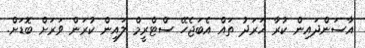
އާސަންދައިން ކުރާ ޚަރަދު ތައް އެބަޖެހޭ ސްޓްރީމް ލައިން ކުރަން ވަރަށް ބޮޑަށް.